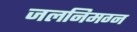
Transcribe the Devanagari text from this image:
जलनिमग्न